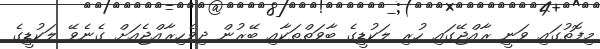
މިފޮތުގައި ވަނީ ރާއްޖޭގައި ހުރި ލަކުޑީގެ ބާވަތްތަކާއި ބޭރުން ދިވެހިރާއްޖެއަށް ގެނެވޭ ލަކުޑީގެ